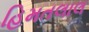
હિમતલાલ